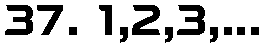
37. 1,2,3,...